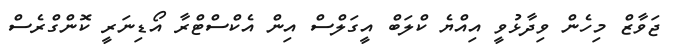
ޖަވާޒް މިހެން ވިދާޅުވީ އިއްޔެ ކްލަބް އީގަލްސް އިން އެކްސްޓްރާ އޯޑިނަރީ ކޮންގްރެސް